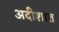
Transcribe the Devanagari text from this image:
अदीशात